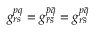
\begin{array} { r } { g _ { r s } ^ { p q } = g _ { \bar { r } \bar { s } } ^ { \bar { p } \bar { q } } = g _ { r \bar { s } } ^ { p \bar { q } } } \end{array}